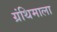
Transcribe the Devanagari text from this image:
ग्रंथिमाला